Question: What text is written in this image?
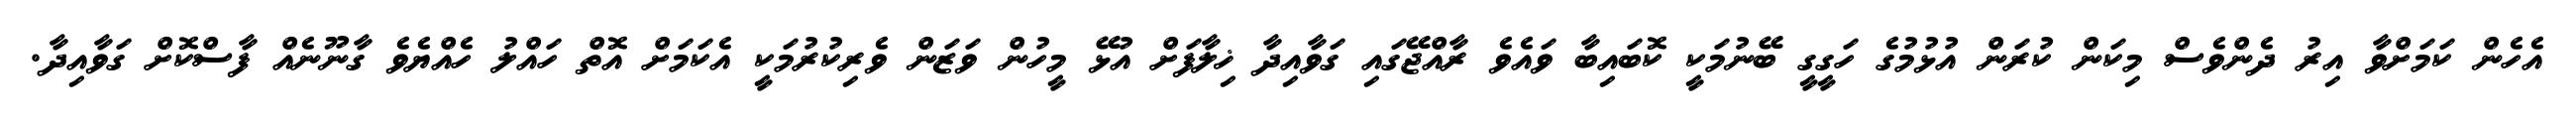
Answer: އެހެން ކަމަށްވާ އިރު ދެންވެސް މިކަން ކުރަން އުޅުމުގެ ހަގީގީ ބޭނުމަކީ ކޮބައިބާ ވައެވެ ރާއްޖޭގައި ގަވާއިދާ ޚިލާފަށް އުޅޭ މީހުން ވަޒަން ވެރިކުރުމަކީ އެކަމަށް އޮތް ހައްލު ހެއްޔެވެ ގާނޫނެއް ފާސްކޮށް ގަވާއިދާ.